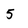
Character: 5